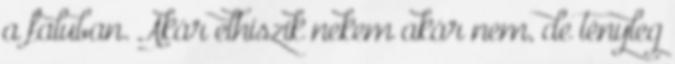
a faluban. Akár elhiszik nekem akár nem, de tényleg